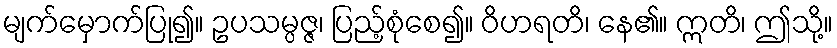
မျက်မှောက်ပြု၍။ ဥပသမ္ပဇ္ဇ၊ ပြည့်စုံစေ၍။ ဝိဟရတိ၊ နေ၏။ ဣတိ၊ ဤသို့။